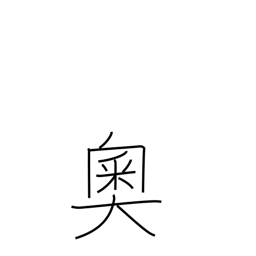
Meaning: heart